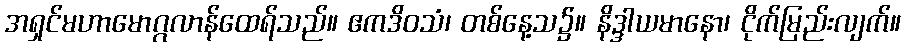
အရှင်မဟာမောဂ္ဂလာန်ထေရ်သည်။ ဧကဒိဝသံ၊ တစ်နေ့သ၌။ နိဒ္ဒါယမာနော၊ ငိုက်မြည်းလျက်။